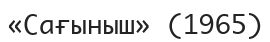
«Сағыныш» (1965)